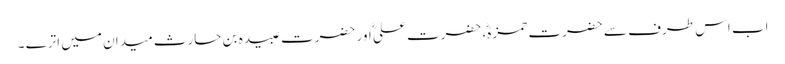
اب اس طرف سے حضرت حمزہؓ، حضرت علیؓ اور حضرت عبیدہ بن حارث میدان میں اترے ۔